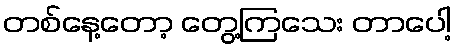
တစ်နေ့တော့ တွေ့ကြသေး တာပေါ့